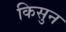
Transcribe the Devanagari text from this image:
किसुन